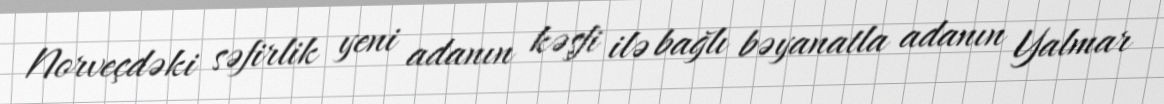
Norveçdəki səfirlik yeni adanın kəşfi ilə bağlı bəyanatla adanın Yalmar